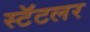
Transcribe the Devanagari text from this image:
स्टॅटलर